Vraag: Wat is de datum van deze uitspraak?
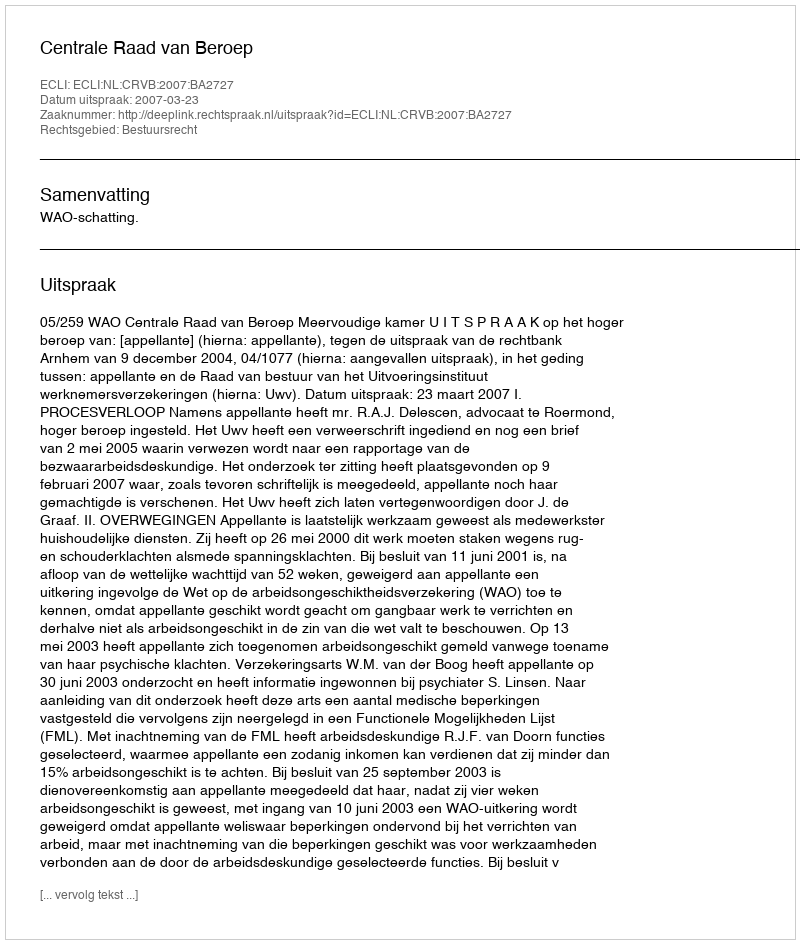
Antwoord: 2007-03-23